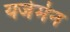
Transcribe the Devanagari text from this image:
यजेर्मन